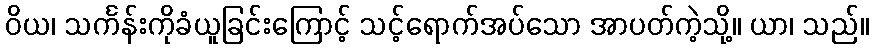
ဝိယ၊ သင်္ကန်းကိုခံယူခြင်းကြောင့် သင့်ရောက်အပ်သော အာပတ်ကဲ့သို့။ ယာ၊ သည်။